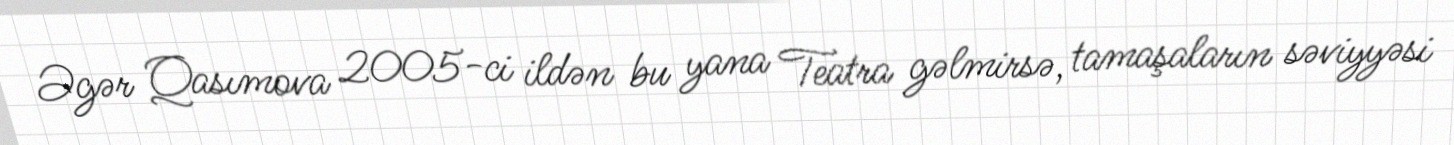
Əgər Qasımova 2005-ci ildən bu yana Teatra gəlmirsə, tamaşaların səviyyəsi